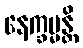
နေက္ခမ္မန္တိ